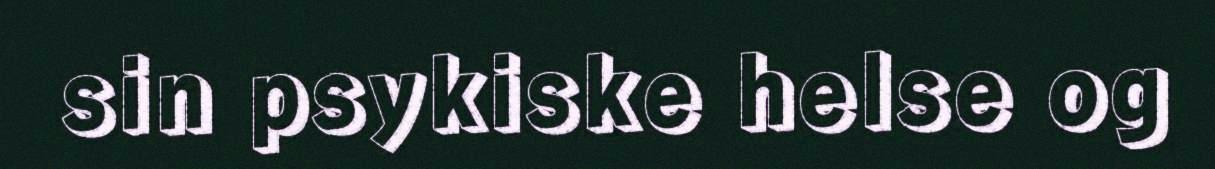
sin psykiske helse og